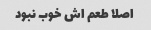
اصلا طعم اش خوب نبود